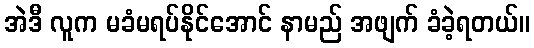
အဲဒီ လူက မခံမရပ်နိုင်အောင် နာမည် အဖျက် ခံခဲ့ရတယ်။